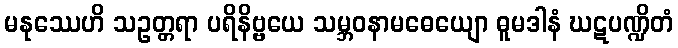
မနုဿေဟိ သဥတ္တရာ ပရိနိဗ္ဗယေ သမ္ဘဝနာမဓေယျော ဓူမဒါနံ ဃဋပဏ္ဍိတံ